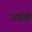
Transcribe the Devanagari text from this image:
अग्रोहे